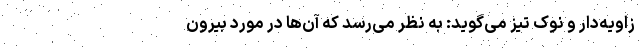
زاویه‌دار و نوک تیز می‌گوید: به نظر می‌رسد که آن‌ها در مورد بیرون